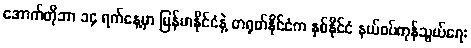
အောက်တိုဘာ ၁၄ ရက်နေ့မှာ မြန်မာနိုင်ငံနဲ့ တရုတ်နိုင်ငံက နှစ်နိုင်ငံ နယ်စပ်ကုန်သွယ်ရေး